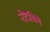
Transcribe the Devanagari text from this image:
नोंदविलॆ